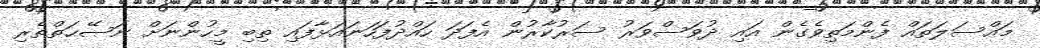
މައްސަލަތައް ފެންމަތިވެގެން އައި ދުވަސްވަރު ސަރުކާރުން އެފަދަ ހައްދުފަހަނައަޅާފައި ތިބި މީހުންނަށް ނަޞޭޙަތްތެރި